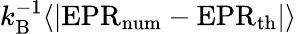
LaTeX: k_{\mathrm{B}}^{-1}\langle\vert\mathrm{EPR}_{\mathrm{num}}-\mathrm{EPR}_{\mathrm{th}}\vert\rangle